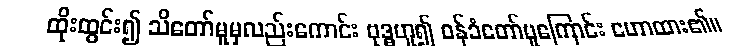
ထိုးထွင်း၍ သိတော်မူမှလည်းကောင်း ဗုဒ္ဓဟူ၍ ဝန်ခံတော်မူကြောင်း ဟောထား၏။